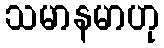
သမာနမာဟု